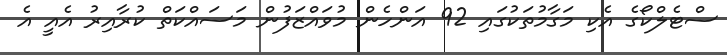
ސްޓެލްކޯގެ އެކި މަގާމުތަކުގައި 92 އަންހެން މުވައްޒަފުން މަސައްކަތް ކުރާއިރު އެއީ އެ